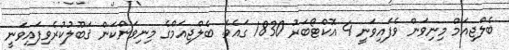
ބެލްޖިއަމް މިނިވަން ވެފައިވަނީ 4 އޮކްޓޯބަރު 1830 ގައެވެ. ބެލްޖިއަމްގެ މިނިވަންކަން ޤަބޫލުކުރެވިފައިވަނީ